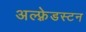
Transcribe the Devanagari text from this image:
अल्फ़्रेडस्टन